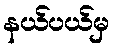
နယ်ပယ်မှ